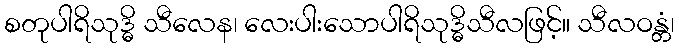
စတုပါရိသုဒ္ဓိ သီလေန၊ လေးပါးသောပါရိသုဒ္ဓိသီလဖြင့်။ သီလဝန္တံ၊